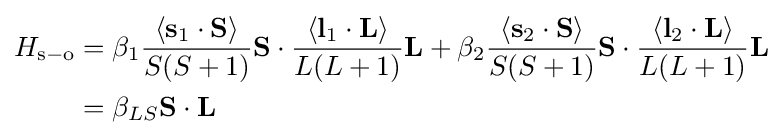
{\begin{aligned}H_{\mathrm {s} -\mathrm {o} }&=\beta _{1}{\frac {\left\langle \mathbf {s} _{1}\cdot \mathbf {S} \right\rangle }{S(S+1)}}\mathbf {S} \cdot {\frac {\left\langle \mathbf {l} _{1}\cdot \mathbf {L} \right\rangle }{L(L+1)}}\mathbf {L} +\beta _{2}{\frac {\left\langle \mathbf {s} _{2}\cdot \mathbf {S} \right\rangle }{S(S+1)}}\mathbf {S} \cdot {\frac {\left\langle \mathbf {l} _{2}\cdot \mathbf {L} \right\rangle }{L(L+1)}}\mathbf {L} \\&=\beta _{LS}\mathbf {S} \cdot \mathbf {L} \end{aligned}}